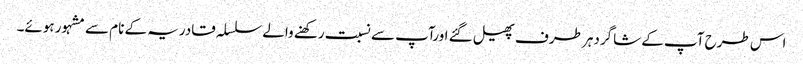
اس طرح آپ کے شاگردہر طرف پھیل گئے اورآپ سے نسبت رکھنے والے سلسلہ قادریہ کے نام سے مشہور ہوئے۔